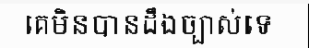
គេមិនបានដឹងច្បាស់ទេ